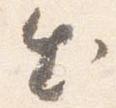
出